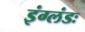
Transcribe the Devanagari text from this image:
इंग्लंडः